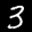
Label: 3